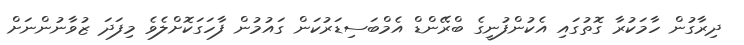
ދިރާގުން ހާމަކުރާ ގޮތުގައި އެކުންފުނީގެ ބްރޭންޑް އެމްބަސިޑަރުކަން ގައުމުން ފާހަގަކޮށްލެވެ މިފަދަ ޒުވާނުންނަށް